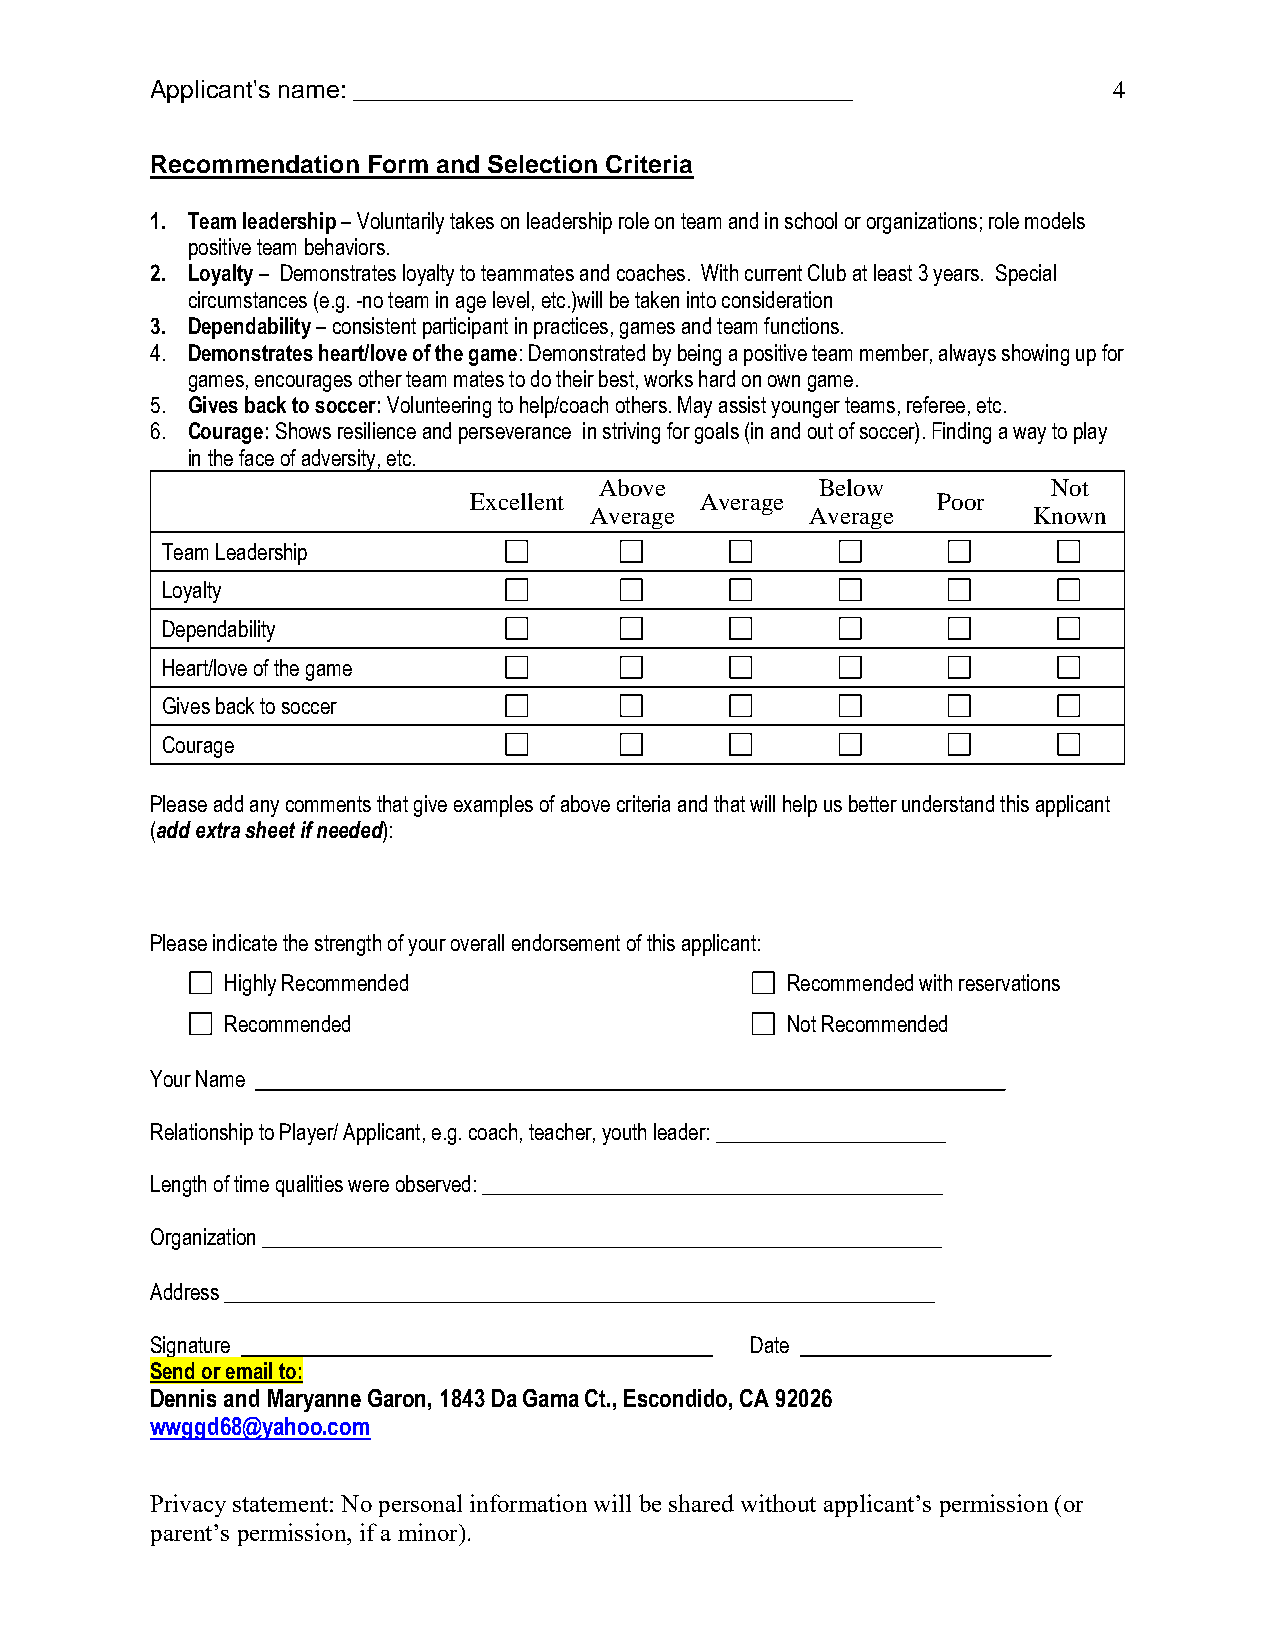
Applicant's name: ________________________________________      4
 Recommendation Form and Selection Criteria
 1. Team leadership – Voluntarily takes on leadership role on team and in school or organizations; role models
 positive team behaviors.
 2. Loyalty – Demonstrates loyalty to teammates and coaches. With current Club at least 3 years. Special
 circumstances (e.g. -no team in age level, etc.)will be taken into consideration
 3. Dependability – consistent participant in practices, games and team functions.
 4. Demonstrates heart/love of the game: Demonstrated by being a positive team member, always showing up for
 games, encourages other team mates to do their best, works hard on own game.
 5. Gives back to soccer: Volunteering to help/coach others. May assist younger teams, referee, etc.
 6. Courage: Shows resilience and perseverance in striving for goals (in and out of soccer). Finding a way to play
 in the face of adversity, etc.
 Above         Below           Not
 Excellent      Average         Poor
 Average        Average       Known
 Team Leadership
 Loyalty
 Dependability
 Heart/love of the game
 Gives back to soccer
 Courage
 Please add any comments that give examples of above criteria and that will help us better understand this applicant
 (add extra sheet if needed):
 Please indicate the strength of your overall endorsement of this applicant:
 Highly Recommended                   Recommended with reservations
 Recommended                          Not Recommended
 Your Name                            ____________________________
 Relationship to Player/ Applicant, e.g. coach, teacher, youth leader: ______________________
 Length of time qualities were observed: ____________________________________________
 Organization _________________________________________________________________
 Address ____________________________________________________________________
 Signature                               Date ________________________
 Send or email to:
 Dennis and Maryanne Garon, 1843 Da Gama Ct., Escondido, CA 92026
 wwggd68@yahoo.com
 Privacy statement: No personal information will be shared without applicant’s permission (or
 parent’s permission, if a minor).